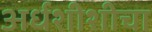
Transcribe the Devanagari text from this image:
अर्धशीशीचा